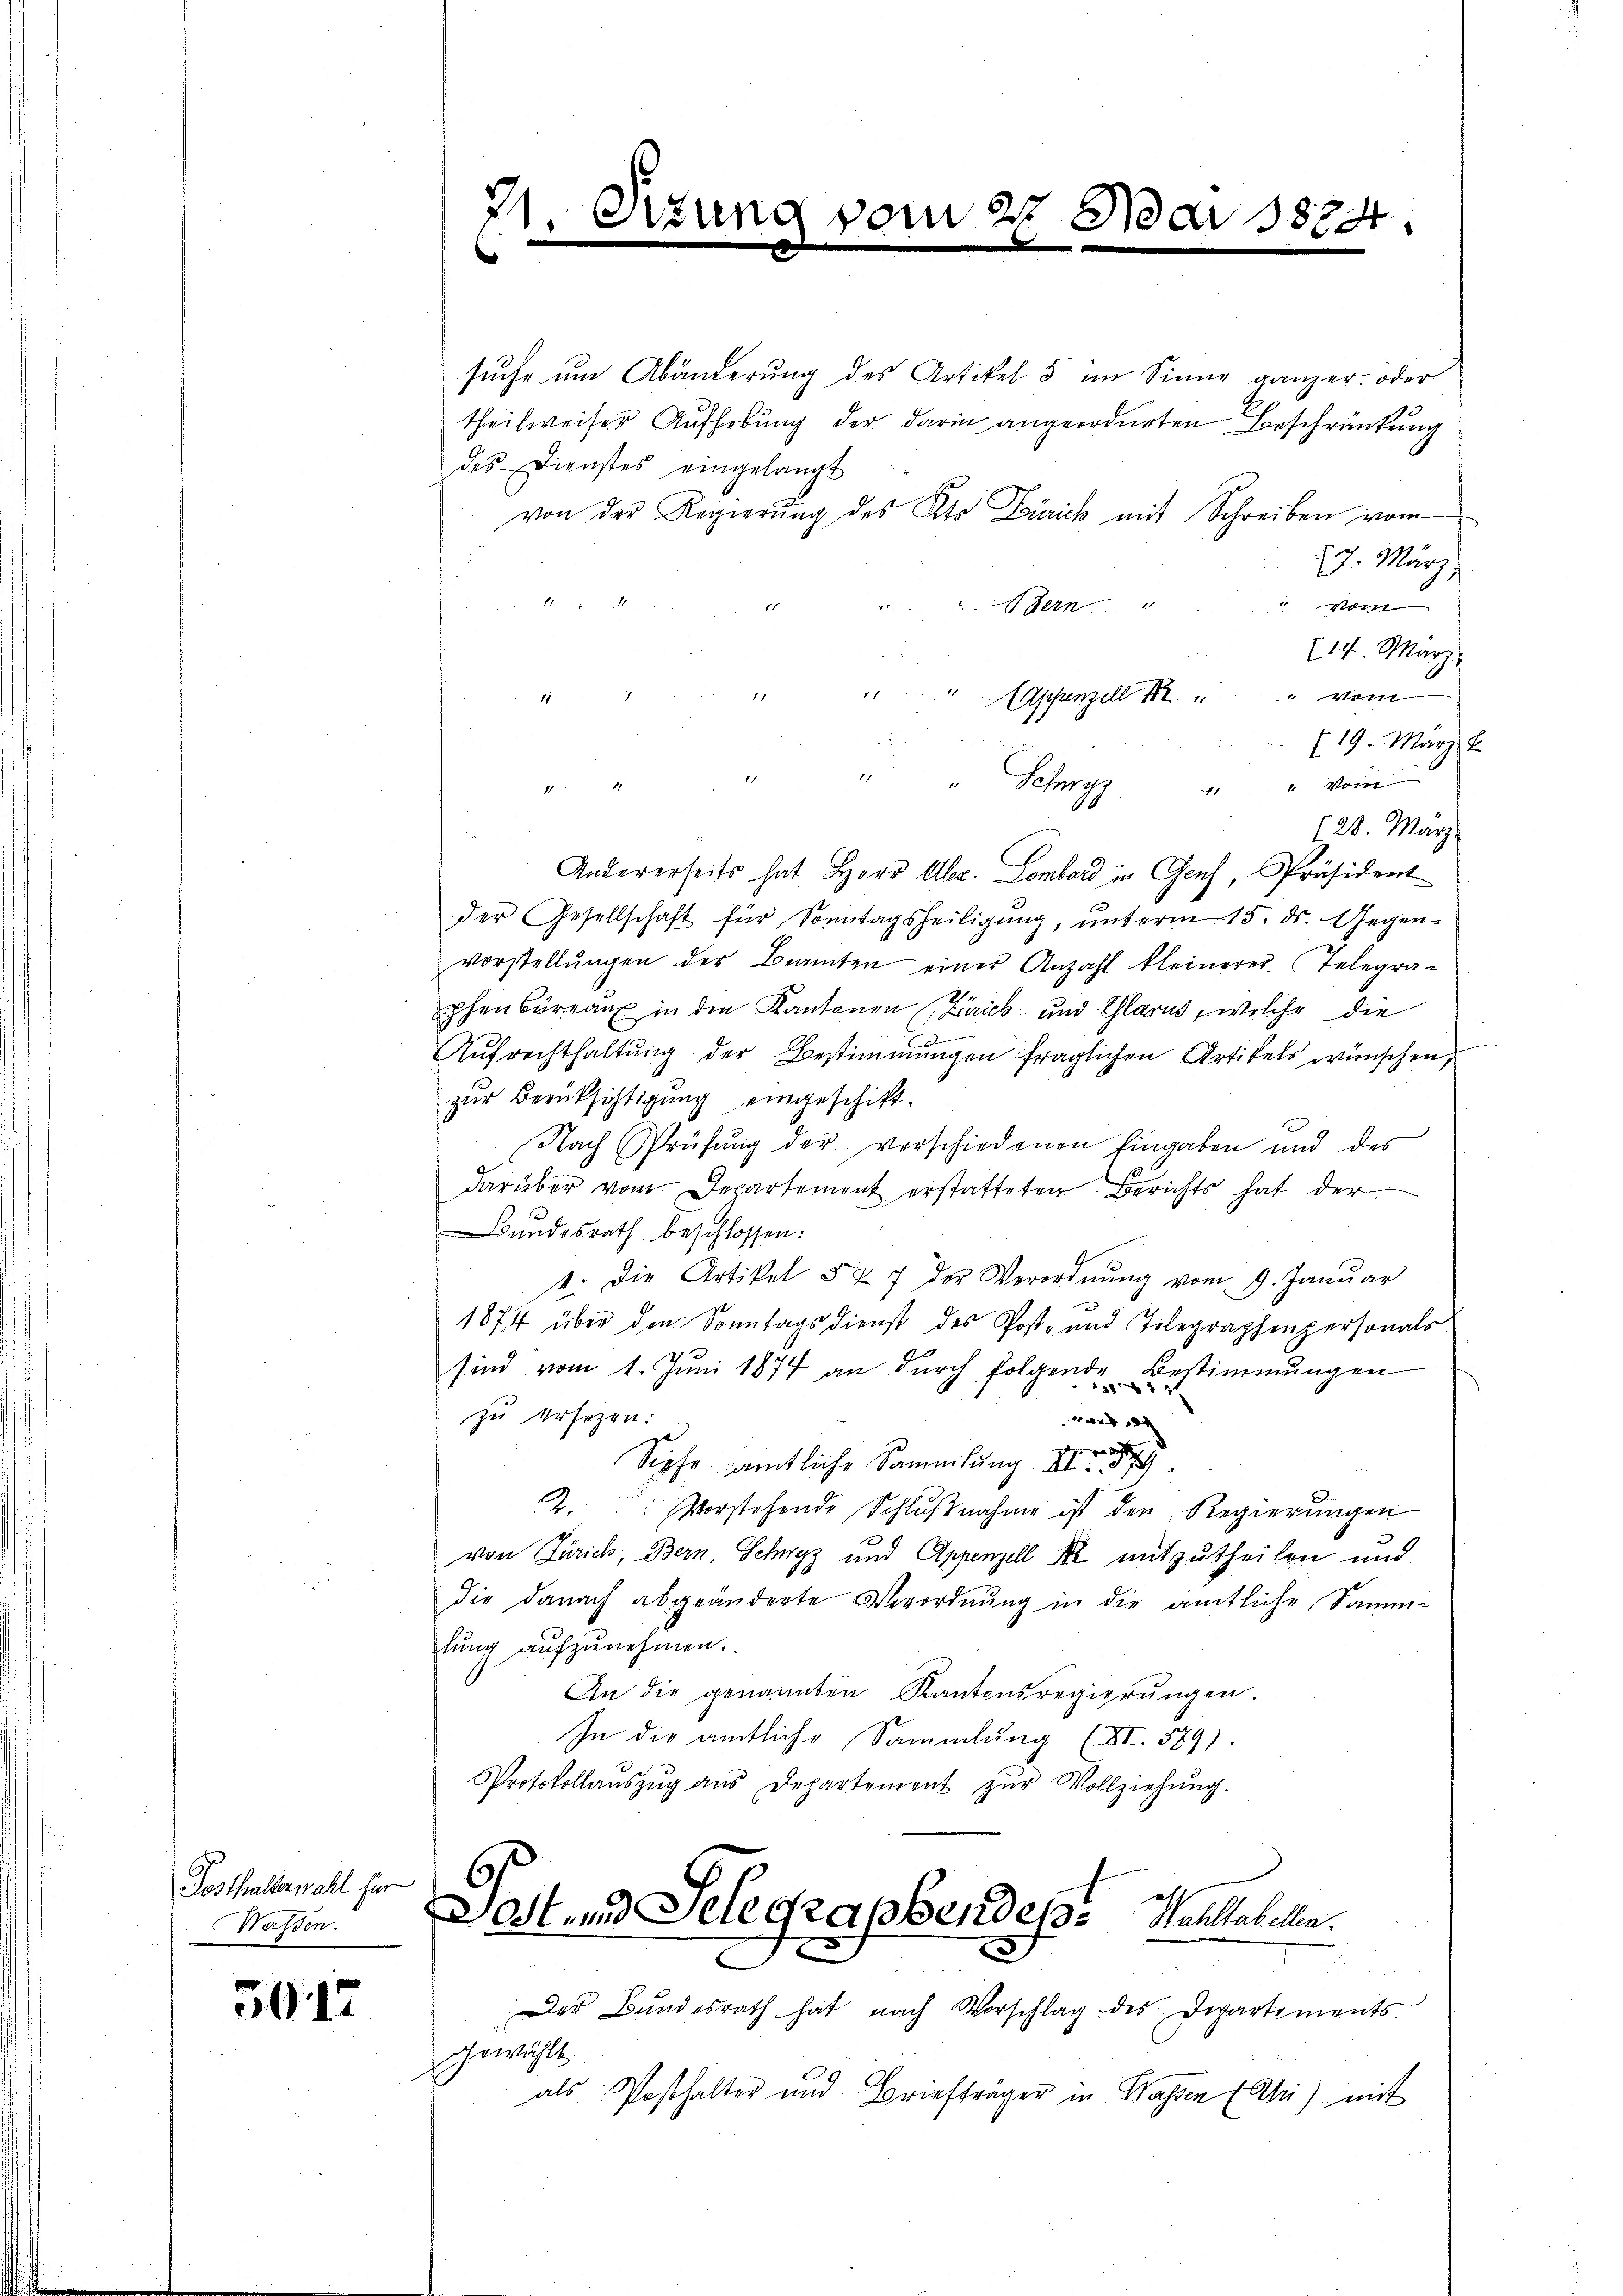
Posthalterwahl für
Wassen.

3017

31
Orzung vom 27. Mai 1874.
C

suche um Abänderung des Artikel 5 an Sinne ganzer- oder
theilweiser Aufhebung der darin angeordneten Beschränkung
des Dienstes eingelangt
von der Regierung des Kts Zürich mit Schreiben vom
7. März,
vom
Bern
214. März
Aschenzell 186 " " vom
(19. März 1
414. Von
" Schwyz
128. März.
Andererseits hat Herr Alex. Lombard in Genf, Präsident
der Gesellschaft für Sonntagsheiligung, unterm 15. ds. Gegenvorstellŭngen der Beamten einer Anzahl kleinerer Telegra-
phenbureau in den Kantonen Zaick und Glarus, welche die
Aŭfrechthaltŭng der Bestimmungen fraglichen Artikels wünschen,
zur Berücksichtigung eingeschift.
Nach Prüfŭng der verschiedenen Eingaben und des
darüber vom Departement erstatteten Berichts hat der
Bundesrath beschlossen:
1. Die Artikel § 27 der Verordnŭng vom 9. Janŭar
1874 über den Sonntags dienst des Post- und Telegraphenpersonals
sind vom 1. Jŭni 1874 an dŭrch folgende Bestimmungen
zu ersagen:
ward a
Siehe amtliche Sammlung II 3
2. Vorstehende Schlŭβnahme ist den Regierŭngen
von Zürich, Bern Schwyz und Appenzell de mitzutheilen und
die danach abgeänderte Verordnung in die amtliche Samm-
lung aufzunehmen.
An die genannten Kantonsregierungen.
In die amtliche Sammlung (VI. 589).
Protokollaŭszŭg aŭs Departement zŭr Vollziehŭng.
C

Jost und Telegraphendes Wohltabellen.
2

Der Bŭndesrath hat nach Vorschlag des Departements
gewählt
als Posthalter und Briefträger in Wassen (Ahi) mit